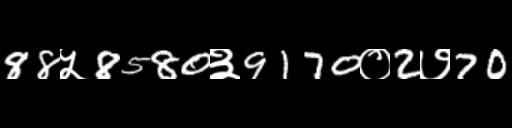
Text: 88५8580३9170०2७70